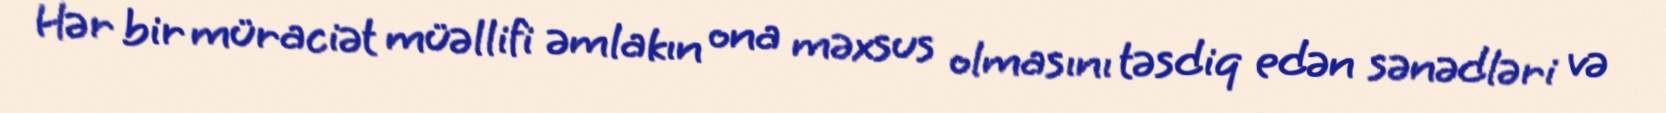
Hər bir müraciət müəllifi əmlakın ona məxsus olmasını təsdiq edən sənədləri və